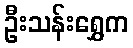
ဦးသန်းရွှေက